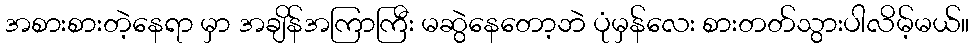
အစားစားတဲ့နေရာ မှာ အချိန်အကြာကြီး မဆွဲနေတော့ဘဲ ပုံမှန်လေး စားတတ်သွားပါလိမ့်မယ်။